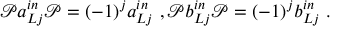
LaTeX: \mathcal { P } a _ { L j } ^ { i n } \mathcal { P } = ( - 1 ) ^ { j } a _ { L j } ^ { i n } \ , \mathcal { P } b _ { L j } ^ { i n } \mathcal { P } = ( - 1 ) ^ { j } b _ { L j } ^ { i n } \ .